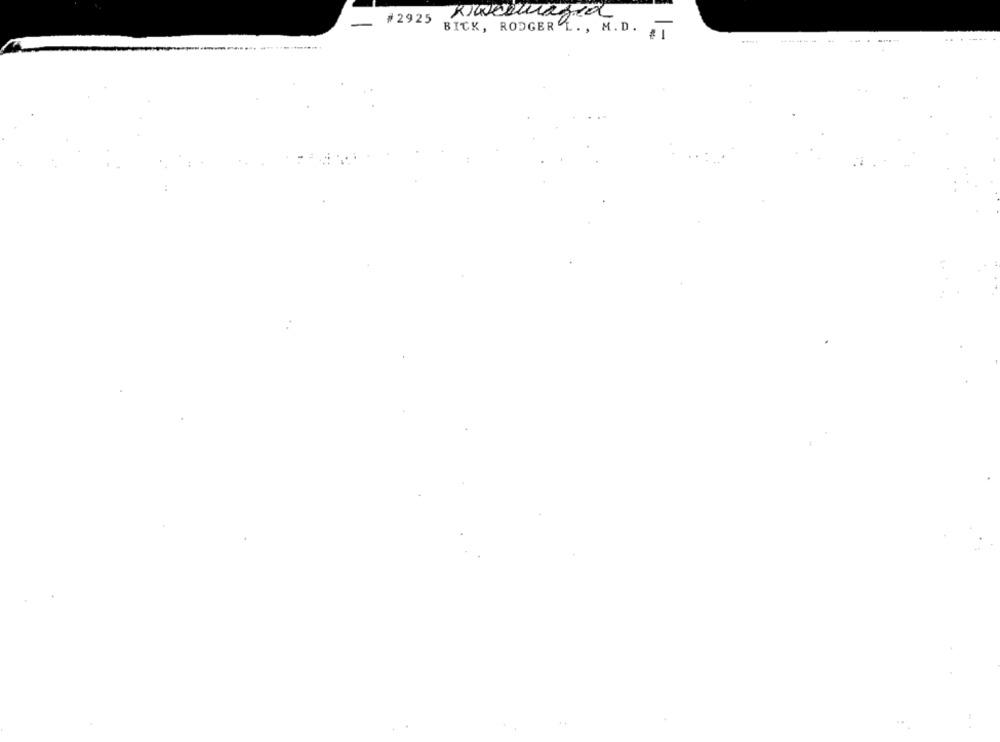
#2925
Diwescrazia
BICK, RODGERL. , M. D.